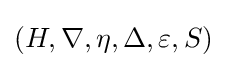
(H,\nabla ,\eta ,\Delta ,\varepsilon ,S)